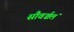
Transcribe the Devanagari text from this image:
सौवर्ञ्चलं